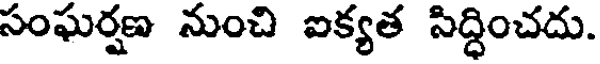
సంఘర్షణ నుంచి ఐక్యత సిద్ధించదు.